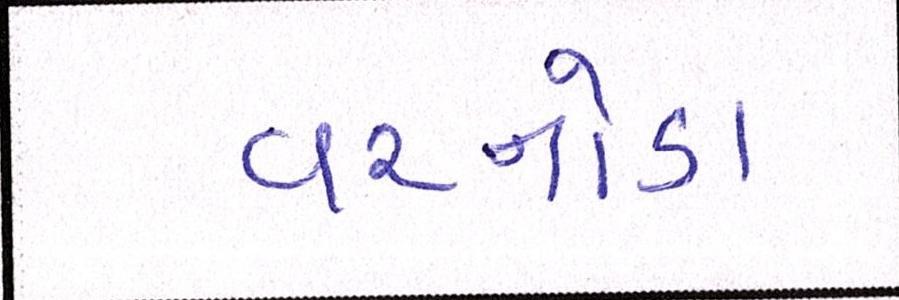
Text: વરનોડા